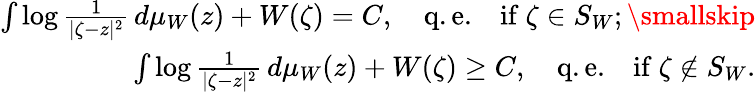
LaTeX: \begin{array}{r}{\int\log\frac{1}{|\zeta-z|^{2}}\, d\mu_{W}(z)+W(\zeta)=C,\quad\mathrm{q.e.}\quad\mathrm{if~}\zeta\in S_{W};\smallskip}\\ {\int\log\frac{1}{|\zeta-z|^{2}}\, d\mu_{W}(z)+W(\zeta)\ge C,\quad\mathrm{q.e.}\quad\mathrm{if~}\zeta\notin S_{W}.}\end{array}